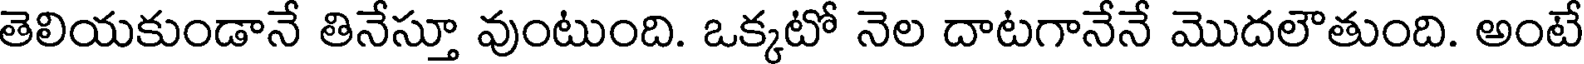
తెలియకుండానే తినేస్తూ వుంటుంది. ఒక్కటో నెల దాటగానేనే మొదలౌతుంది. అంటే